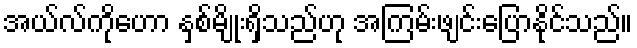
အယ်လ်ကိုဟော နှစ်မျိုးရှိသည်ဟု အကြမ်းဖျင်းပြောနိုင်သည်။